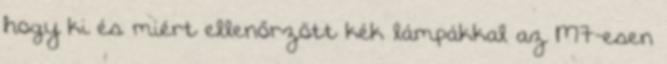
hogy ki és miért ellenőrzött kék lámpákkal az M7-esen